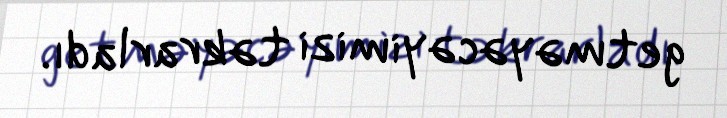
getməyəcəyimizi təkrarladı.